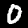
Label: 0